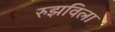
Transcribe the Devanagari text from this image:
रुझविला